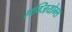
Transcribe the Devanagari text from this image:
एग्जियोम्स